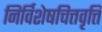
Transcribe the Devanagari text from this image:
निर्विशेषचित्तवृत्ति